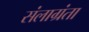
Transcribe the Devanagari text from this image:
संलाग्रंता